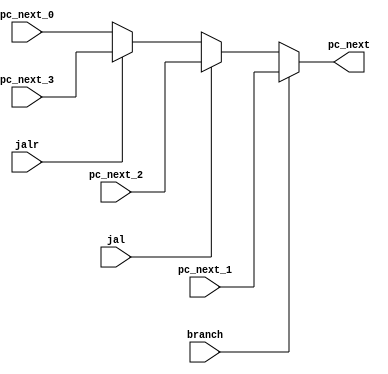
module PCSelector (
    input jal, jalr, branch,
    input [31:0] pc_next_0, pc_next_1, pc_next_2, pc_next_3,
    output reg [31:0] pc_next
);
    always @(*) begin
        if (branch) pc_next = pc_next_1;
        else if (jal) pc_next = pc_next_2;
        else if (jalr) pc_next = pc_next_3;
        else pc_next = pc_next_0;
    end
    
endmodule